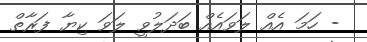
- ހަމަ އެއް ލަވައެއް ބަދަލުވީ ލަވަ ކިޔާ ފަރާތް